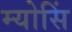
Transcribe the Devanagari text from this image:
म्योसिं